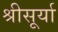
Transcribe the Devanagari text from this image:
श्रीसूर्या